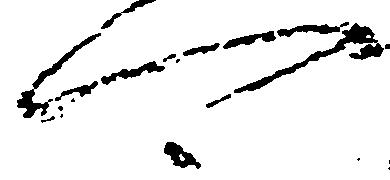
可